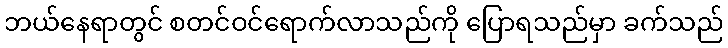
ဘယ်နေရာတွင် စတင်ဝင်ရောက်လာသည်ကို ပြောရသည်မှာ ခက်သည်